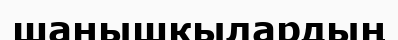
шанышкылардың